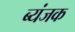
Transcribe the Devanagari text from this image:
ब्यंजक